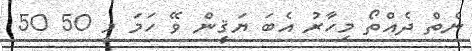
ނެތް ދެއްތޯ މިހާރު އެބަ ޔަޤީން ވޭ ހަމަ މީ 50 50